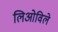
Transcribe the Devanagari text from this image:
लिओविले